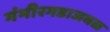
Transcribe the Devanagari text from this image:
गंभीरगडाजवळ